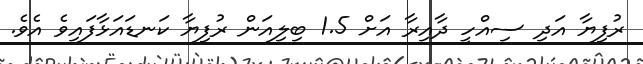
ރުފިޔާ އަދި ސިއްހީ ދާއިރާ އަށް 1.5 ބިލިއަން ރުފިޔާ ކަނޑައަޅާފައިވެ އެވެ.